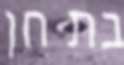
בת חן